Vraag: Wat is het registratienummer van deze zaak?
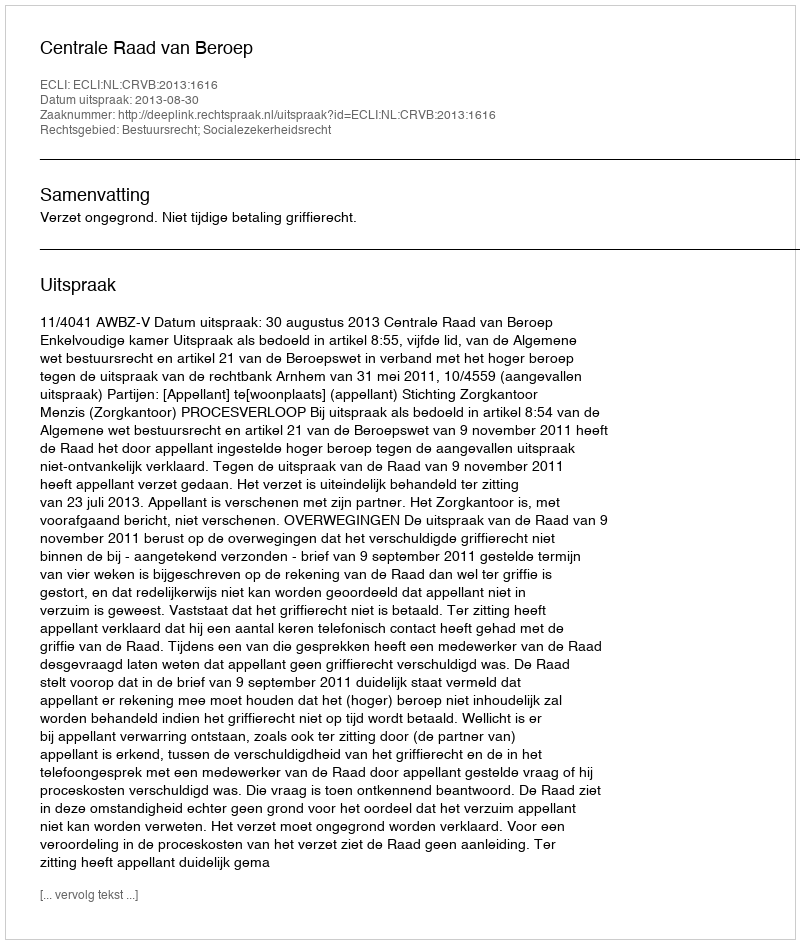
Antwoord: http://deeplink.rechtspraak.nl/uitspraak?id=ECLI:NL:CRVB:2013:1616